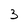
Character: 3